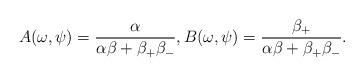
LaTeX: \begin{align*}A(\omega, \psi) =\frac{\alpha}{\alpha \beta + \beta_+ \beta_-}, B(\omega, \psi) =\frac{\beta_+}{\alpha \beta + \beta_+ \beta_-}.\end{align*}